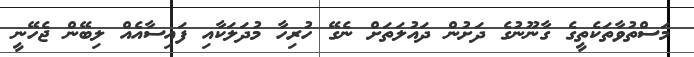
މަސްތުވާތަކެތީގެ ގާނޫނުގެ ދަށުން ދައުލަތަށް ނެގޭ ހުރިހާ މުދަލަކާއި ފައިސާއެއް ލިބޭން ޖެހޭނީ